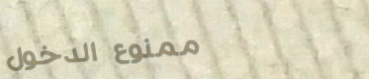
ممنوع الدخول